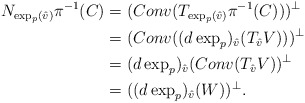
\begin{align*}N_{\exp_p({\hat v})}\pi^{-1}(C) &= (Conv(T_{\exp_p({\hat v})}\pi^{-1}(C)))^\perp\\ &= (Conv((d\exp_p)_{\hat v}(T_{\hat v}V)))^\perp \\&= (d\exp_p)_{\hat v}(Conv(T_{\hat v}V))^\perp \\&= ((d\exp_p)_{\hat v}(W))^\perp.\end{align*}